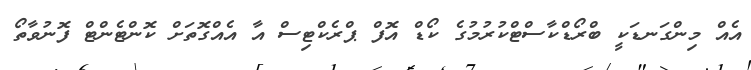
އެއް މިންގަނޑަކީ ބްރޯޑްކާސްޓްކުރުމުގެ ކޯޑް އޮފް ޕްރެކްޓިސް އާ އެއްގޮތަށް ކޮންޓެންޓް ފޮނުވާތޯ